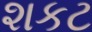
શકટ